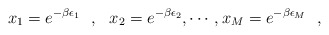
\begin{align*}x_1=e^{-\beta\epsilon_1}~~,~~x_2=e^{-\beta \epsilon_2}, \cdots, x_M=e^{-\beta\epsilon_M}\,\,\,\,,\end{align*}